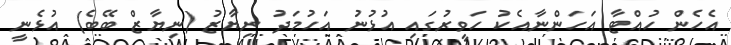
އެހެން ހުއްޓާ އަހަންނާއެކު ހަވީރުގައި އުޅުނު އަހުމަދު ނިޔާޒު (ނިޔާޒް ބޭބެ) އުޅެނީ